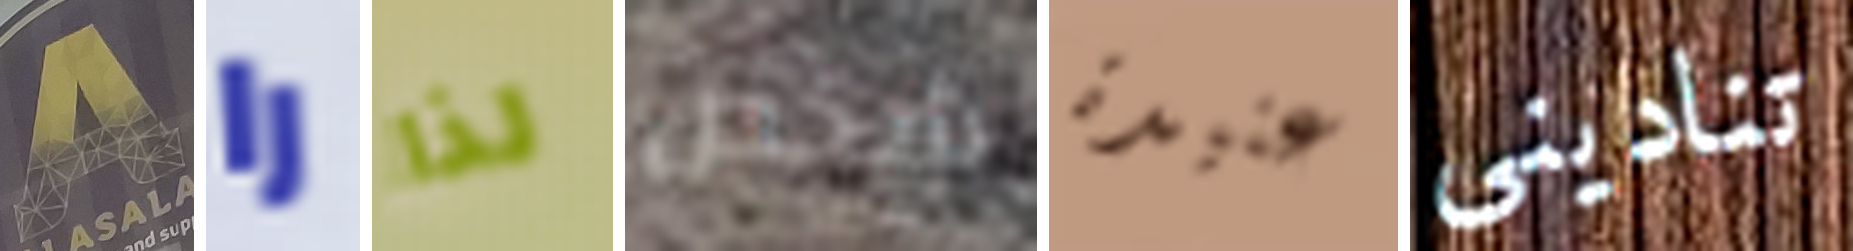
A را لذا شخص عنيدة تناديني